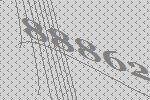
88862